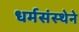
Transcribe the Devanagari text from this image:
धर्मसंस्थेने